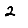
Digit: 2